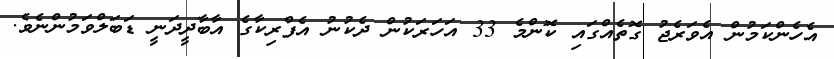
އެހެންކަމުން އެވަރެޖު ގޮތެއްގައި ކޮންމެ 33 އަހަރަކުން ދެކުނު އެފްރިކާގެ އާބާދީދަނީ ޑަބަލްވަމުންނެވެ.